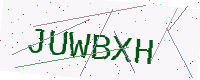
Text: JUWBXH